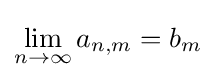
\lim _{n\to \infty }a_{n,m}=b_{m}